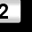
Digit: 2